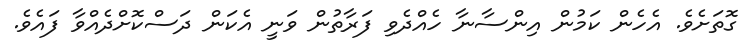
ގޮތަށެވެ. އެހެން ކަމުން އިންސާނާ ހެއްދެވި ފަރާތުން ވަނީ އެކަން ދަސްކޮށްދެއްވާ ފައެވެ.